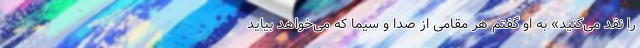
را نقد می‌کنید» به او گفتم هر مقامی از صدا و سیما که می‌خواهد بیاید